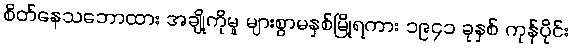
စိတ်နေသဘောထား အချို့ကိုမူ များစွာမနှစ်မြို့ရကား ၁၉၄၁ ခုနှစ် ကုန်ပိုင်း